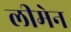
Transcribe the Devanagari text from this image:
लीमेन